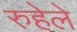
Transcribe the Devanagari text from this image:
रुहेले